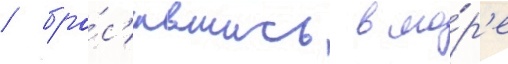
/ бро́с'ившись в мо́р'е